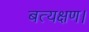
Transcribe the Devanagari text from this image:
बत्यक्षण।